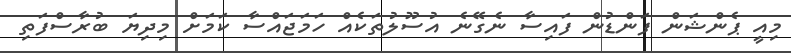
މިއީ ޕެންޝަން ފަންޑުން ފައިސާ ނެގޭނެ އުސޫލުތަކެއް ހަމަޖައްސާ ކަމަށް މިދިޔަ ބުރާސްފަތި